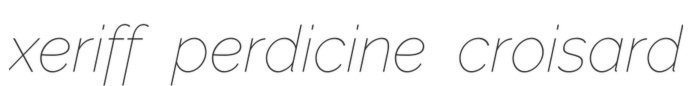
xeriff perdicine croisard